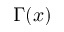
\Gamma ( x )